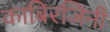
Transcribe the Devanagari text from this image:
काबिरजिनी